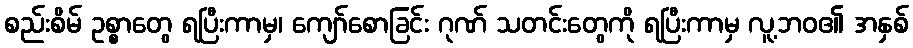
စည်းစိမ် ဥစ္စာတွေ ရပြီးကာမှ၊ ကျော်စောခြင်း ဂုဏ် သတင်းတွေကို ရပြီးကာမှ လူ့ဘဝ၏ အနှစ်